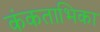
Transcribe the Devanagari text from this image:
कंकताभिका